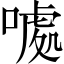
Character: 𠽁